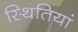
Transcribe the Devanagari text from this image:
स्‍थितियां